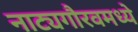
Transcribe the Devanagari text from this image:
नाट्यगौरवमध्ये